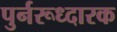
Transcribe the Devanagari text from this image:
पुर्नरूध्दारक